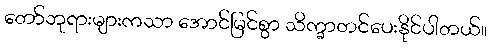
တော်ဘုရားများကသာ အောင်မြင်စွာ သိက္ခာတင်ပေးနိုင်ပါတယ်။